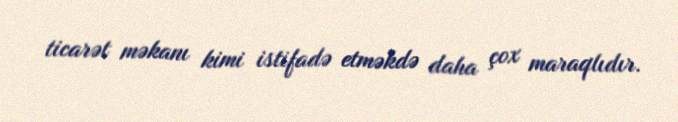
ticarət məkanı kimi istifadə etməkdə daha çox maraqlıdır.